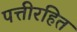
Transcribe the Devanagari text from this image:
पत्तीरहित